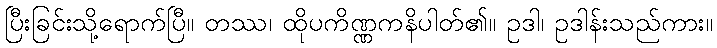
ပြီးခြင်းသို့ရောက်ပြီ။ တဿ၊ ထိုပကိဏ္ဏကနိပါတ်၏။ ဥဒါ၊ ဥဒါန်းသည်ကား။